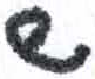
אות: ש